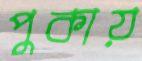
পুকায়